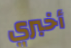
أخبري